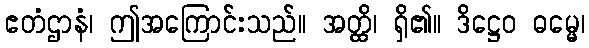
ဧတံဌာနံ၊ ဤအကြောင်းသည်။ အတ္ထိ၊ ရှိ၏။ ဒိဋ္ဌေဝ ဓမ္မေ၊